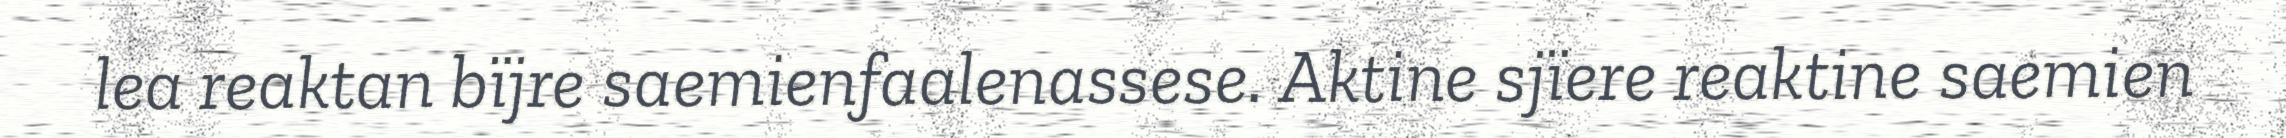
lea reaktan bïjre saemienfaalenassese. Aktine sjïere reaktine saemien